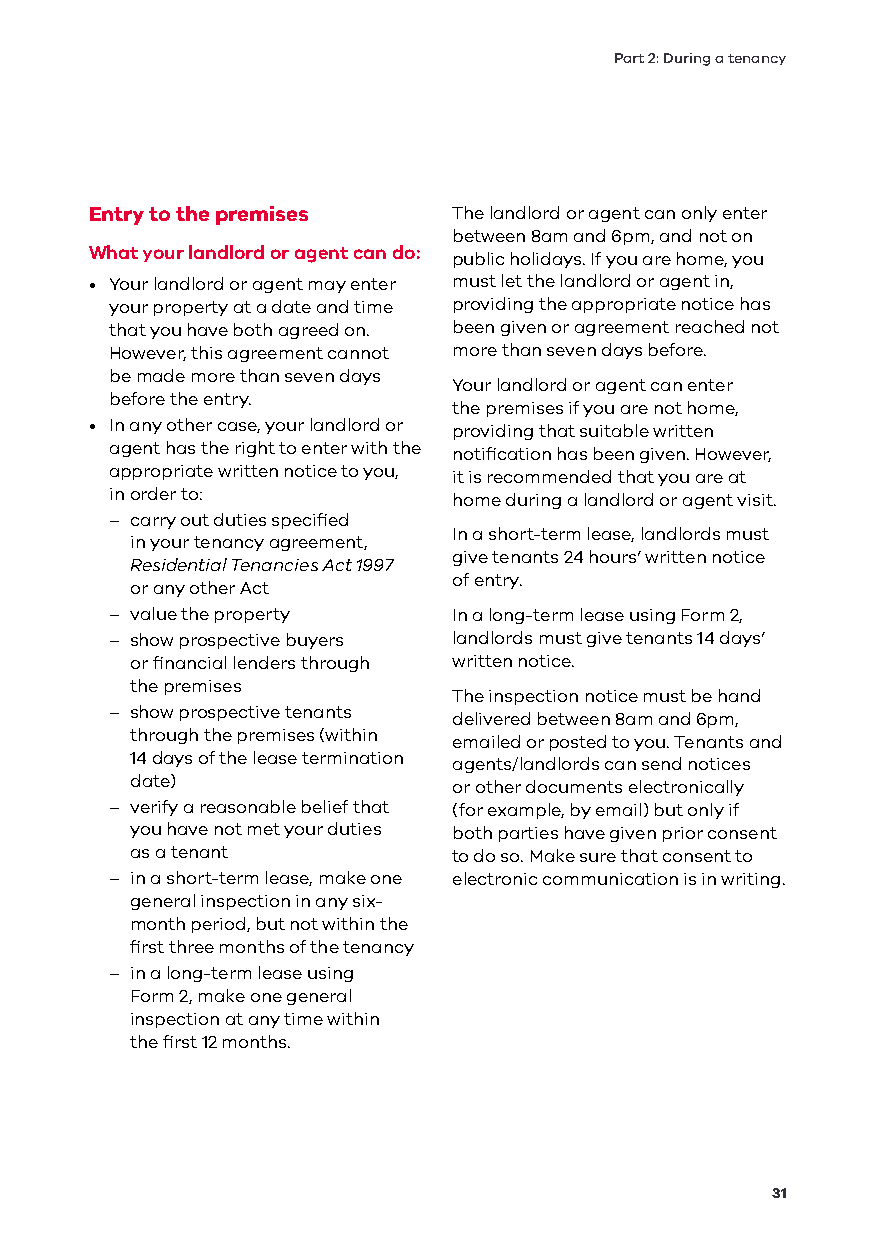
Part 2: During a tenancy
 Entry to the premises   The landlord or agent can only enter
 between 8am and 6pm, and not on
 What your landlord or agent can do:
 public holidays. If you are home, you
 • Your landlord or agent may enter must let the landlord or agent in,
 your property at a date and time providing the appropriate notice has
 that you have both agreed on. been given or agreement reached not
 However, this agreement cannot more than seven days before.
 be made more than seven days
 Your landlord or agent can enter
 before the entry.
 the premises if you are not home,
 • In any other case, your landlord or providing that suitable written
 agent has the right to enter with the notification has been given. However,
 appropriate written notice to you, it is recommended that you are at
 in order to:           home during a landlord or agent visit.
 – carry out duties specified
 In a short-term lease, landlords must
 in your tenancy agreement,
 give tenants 24 hours’ written notice
 Residential Tenancies Act 1997
 of entry.
 or any other Act
 – value the property   In a long-term lease using Form 2,
 – show prospective buyers landlords must give tenants 14 days’
 or financial lenders through written notice.
 the premises
 The inspection notice must be hand
 – show prospective tenants
 delivered between 8am and 6pm,
 through the premises (within
 emailed or posted to you. Tenants and
 14 days of the lease termination
 agents/landlords can send notices
 date)
 or other documents electronically
 – verify a reasonable belief that (for example, by email) but only if
 you have not met your duties both parties have given prior consent
 as a tenant          to do so. Make sure that consent to
 – in a short-term lease, make one electronic communication is in writing.
 general inspection in any six-
 month period, but not within the
 first three months of the tenancy
 – in a long-term lease using
 Form 2, make one general
 inspection at any time within
 the first 12 months.
 31